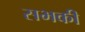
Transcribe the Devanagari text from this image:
सभकी